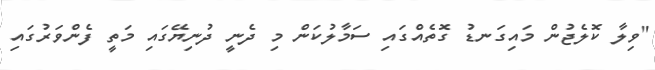
"ވިލާ ކޮލެޖުން މައިގަނޑު ގޮތެއްގައި ސަމާލުކަން މި ދެނީ ދުނިޔޭގައި މަތީ ފެންވަރުގައި